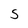
Character: S